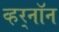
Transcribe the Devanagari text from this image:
व्हर्‌नॉन